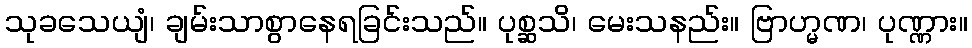
သုခသေယျံ၊ ချမ်းသာစွာနေရခြင်းသည်။ ပုစ္ဆသိ၊ မေးသနည်း။ ဗြာဟ္မဏ၊ ပုဏ္ဏား။